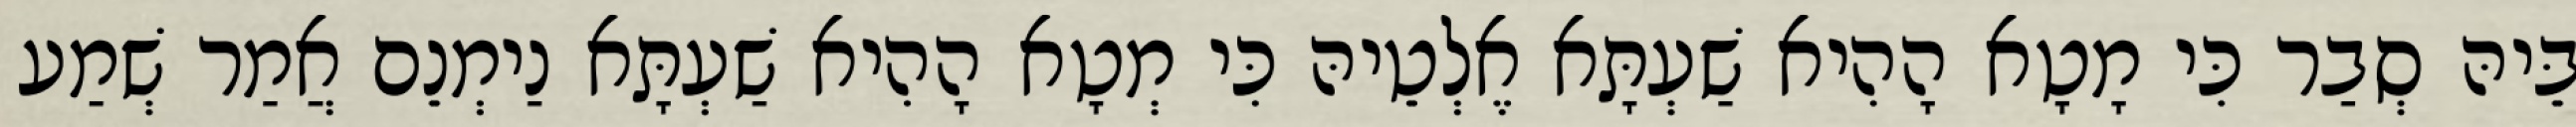
בֵּיהּ סְבַר כִּי מָטָא הָהִיא שַׁעְתָּא אֶלְטֵיהּ כִּי מְטָא הָהִיא שַׁעְתָּא נַימְנֵם אֲמַר שְׁמַע